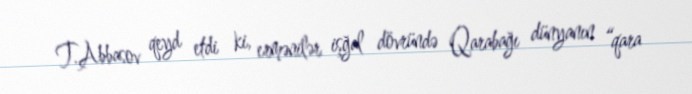
T.Abbasov qeyd etdi ki, ermənilər işğal dövründə Qarabağı dünyanın “qara